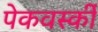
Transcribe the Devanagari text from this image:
पेकवर्स्की